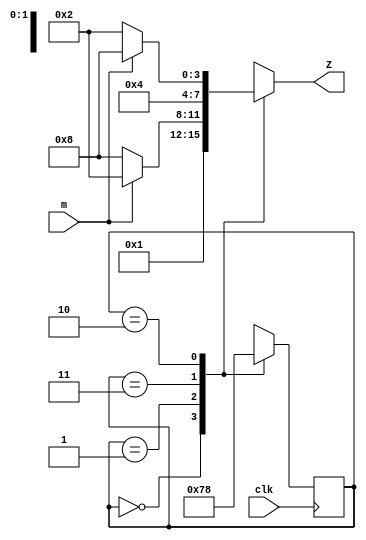
module lab4_3_1(
    input m,clk,
    output reg [3:0] Z
    );
    //reg n;
    reg [1:0] state,nextstate;
    parameter S0 = 2'b00,S1 = 2'b01,S2 = 2'b11,S3 = 2'b10;
    initial
    begin
        state = S0;
      //  n = 0;
    end
    always @(posedge clk)
    begin
       // if(n == 10000000)
     //   begin
            state = nextstate;
      //      n = 0;
     //   end
     //   else
      //  begin
         //   n = n + 1;
       // end
    end
    always @(state)
    begin
        case(state)
        S0:if(m) Z = 4'b0001;else Z = 4'b0001;
        S1:if(m) Z = 4'b0010;else Z = 4'b1000;
        S2:if(m) Z = 4'b0100;else Z = 4'b0100;
        S3:if(m) Z = 4'b1000;else Z = 4'b0010;
        endcase
    end
    always @(state)
    begin
        case(state)
        S0: nextstate = S1;
        S1: nextstate = S2;
        S2: nextstate = S3;
        S3: nextstate = S0;
        endcase
    end
endmodule